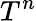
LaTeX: T^{n}